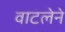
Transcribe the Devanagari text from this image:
वाटलेने